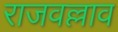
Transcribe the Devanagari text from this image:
राजवल्लाव